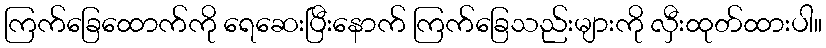
ကြက်ခြေထောက်ကို ရေဆေးပြီးနောက် ကြက်ခြေသည်းများကို လှီးထုတ်ထားပါ။